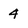
Character: 4